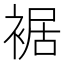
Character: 裾